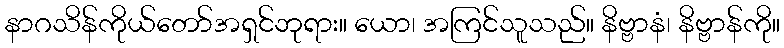
နာဂသိန်ကိုယ်တော်အရှင်ဘုရား။ ယော၊ အကြင်သူသည်။ နိဗ္ဗာနံ၊ နိဗ္ဗာန်ကို။